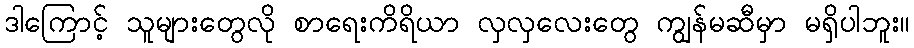
ဒါကြောင့် သူများတွေလို စာရေးကိရိယာ လှလှလေးတွေ ကျွန်မဆီမှာ မရှိပါဘူး။